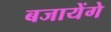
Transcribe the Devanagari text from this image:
बजायेंगे